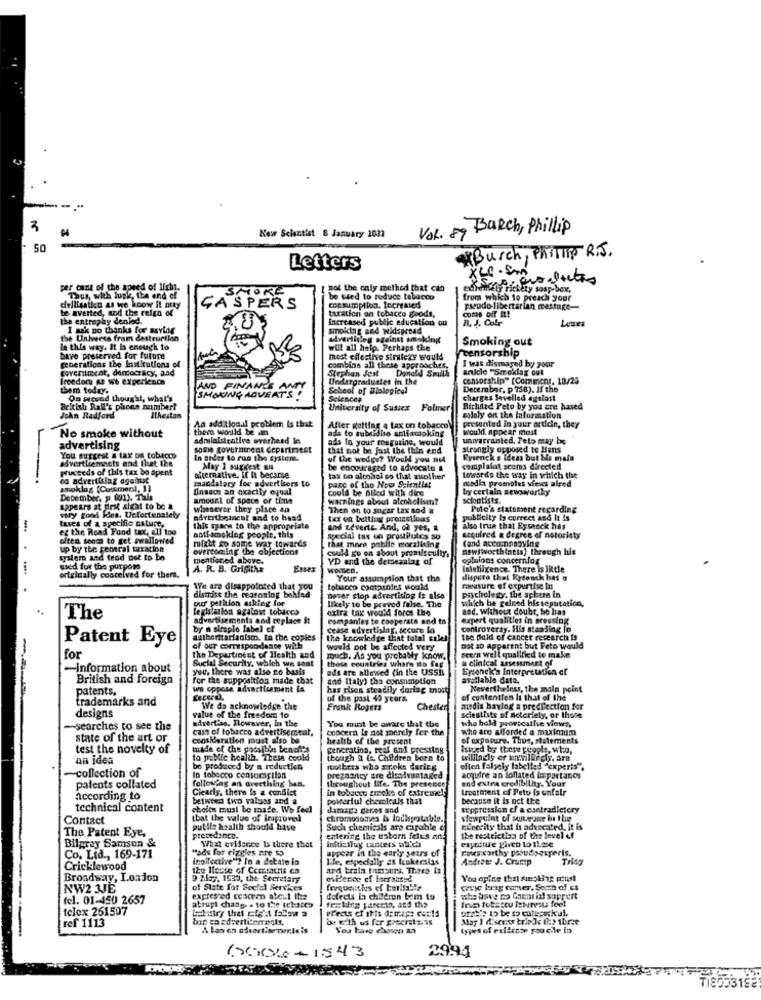
3
VOL. 89 Burch, Phillip
New Scientist 8 January 1031
50
*Burch , PASTIS R.J .
Letters
per count of the speed of licht.
SMOKE
of the only methed that can
rickety soap box,
Thus, with lupk, the end of
be weed to reduce tabacco
from which to preach your
delilsatin as we koow it ny
te averted, and the reign of
GASPERS
turation on tobacco goods,
consumption. lecreased
pseudo libertarian message-
the entrephy denled.
increased public education ou
R. J. Cole
Lunes
I ask no thanks for asving
smoking and widspread
the Universe fram destruction
advertising against smoking
Smoking out
le this way. It Is enough to
will all help. Perhaps the
censorship
bave preserved for future
most effective strilexy would
I was dismayed by your
generations the Institutions of
Coveriment, democracy, and
combins all these approaches,
Stephan Jest Donald Smith
article "Smoklag out
freedocu As we experience
Dedargraduates in the
censorship" (Commenr. 18/25
them today.
AND FINANCE ANTY
School of Biological
Dererobor, p 738). If the
On wrevad thought, what's
SMOKING ADVERT'S !
Sciences
charges lavellsd against
British Rall's phces number?
University of Sussex Folmer
Richard Peto by you are based
John Radford
Ilkeston
An additional problem Is that
solely on the information
there would be an
ade to subsidise antismoking
After getting a tax on tobacco
would appear most
presented in your artidie, they
No smoke without
admilaisicative overhead In.
ads io your magazine, would
warranted. Peto may be
advertising
some government department
that not be fast the thin end
strongly opposed to Hans
You suggest a tax on tobacco
advertisements and that the
In grdes to run the system.
of the wedge? Would you nel
Eysenck 's ideas but his male
Prucceds of this tax bo apent
May 1 sugrest an
be encouraged to advocate a
complafat scoms directed
og advertising against
wikernative, If It becarse
mandatory for advertisers to
tax on alcohol so that zuother
towards the way in which the
media promotes vieses alred
amoklog (Commecl, 1]
finance an axactly equal
parc of the New Scientlet
could be filed with ding
by certain newsworthy
December, p 601). This
amount of space or fine
warnings about alcoholisin?
sctoutists.
appears at first sight to be a
whenever they plice an
Then on to sugar tax sod a
Polo's statement regarding
wiry good idea, Ucfortunately
tues of a specific nature,
ter on belling prennelicas
publicity Is correct and It is
eg the Road Fund tax, all too
this space to the appropriate
and Leverte And, of yes, a
also true that Eysaock has
often seems to get swallowed
miatt ap some war towards
anti-smoking people, this
special tax un prostitutes so
acquired a degree of notoriety
Cand accompanying
up by the central taxation
overcoming the objections
that more pebile moralining
could go on about promiscuity,
newsworthiness) through his
syslem and teod pot to be
mentioned above.
YD and the detseanlag af
opinions concernfor
used for the purpose
originally conceived for thers.
A. R. B. Grifithe
intelligence. There is IRtle
Your assumption that the
dispute that Kydonck has a
We are disappointed that you
dismiss the reatoslog behfed
tobacco companies would
measure of expertise In
psychology, the sphera in
never stop advertising is also
likely to be proved false. The
which be galned hisseputatica,
Legislation agalost tobaces
extra tak would force the
aad. Without doubt, he has
The
advertisements and ceplace St
companies to cooperate and to
expert qualities in areusing
by n siraplo label of
cease advertislag, secure fo
controversy. His standing in
Patent Eye
aufberitarianism. In the copies
the knowledge that total calel
the Bold of cancer research Is
-
of our correspondance will
would not be affected very
seent well qualified to make
Dot so apparent but Feto would
for
tho Depertinent of Health and
Social Security, which we sent
much. As you probably know,
these countries where ito fag
a clinical assessment of
-information about
you, there was also no basis
ads are allowed (in the USSR
Sysonck's Interpretation of
British and foreign
for the supposition made that
and Italy) tha consumption
available data.
patents.
wa oppose advarticament is
has risen steadily dorlag most
Nevertheless, the main point
trademarks and
uf the past 40 years.
of contention li that of the
designs
We da acknowledge the
Fraenk Rogers
Chester
medis having a preelection for
scientists of notoriety, or those
value of the freedom 10
advertise. Towaver, In the
You must be aware that the
scho hold prorocathie views,
-searches to see the
cass of tobacco advertisemeal,
concern Is not merely fer the
who are afforded a maximum
state of the art or
consideration must also be
health of the present
of exposure. Thus, statements
test the novelty of
made of the possible benefits
generation, reaf and pressing
Istved by those people, who,
an idea
to public health. Thesa coold
though i Le. Children born to
be produced by a reductien
rtothers who mroks daring
-collection of
In tabacco consamaritan
following on avecthing ban.
throughout life. The presence
pregnancy are disadvantaged
end extra credibility. Your
acquire an jonlated lasportanos
patents collated
Clearly, there is a conflict
in tobacco smoke of extreme !!
treatment of Peto is unfair
according to
between two values and a
posterful chemicals that
because it is not the
technical content
choice must be made. Wo feel
daraga deres and
suppression cf a contradictory
Contact
that the value of improved
chromosomes &s lockpratable.
stewpeint of soteone in the
The Patent Eye,
pulile kzalth should have
Such chemicals are capable of
minecity that is advocated, it is
Bilpray Samson &
precedance-
What evidence Is there that
initiaflug cancers whatch
entering the waborn fetus ante
capattire giveo to ILese
the restriction of the level of
"ads for cizgles are so
appear in the early years of
Toesworthy posudsexperts.
Co. Ltd ., 169-171
(nollective"? In a debate in
Ile, especially at lakecilis
Andrew J. Crump
Cricklewood
12g Iloste of Cemsactis ca
ard trata tomsurs. Thara iz
Broadway, London
9 May, 1539, the Secretary
evidence of feersatse
NW2 3JE
of State for Social Services
cause bag comer, Semin of es
tel. 01-450 2657
expressed cencem abowl Iha
defects in children bem to
frum totscou istunesta feet
who have no Chemial suprert
telex 261597
abrupt chang - to the tehaces
PFects of this demaps could
ref 1113
be with us fer greenatz.as
May 1 discuss triede feo ihre
A Lan on advertise per,Is is
types of exilcase you ele in
(0Xx0 + 1543
2994